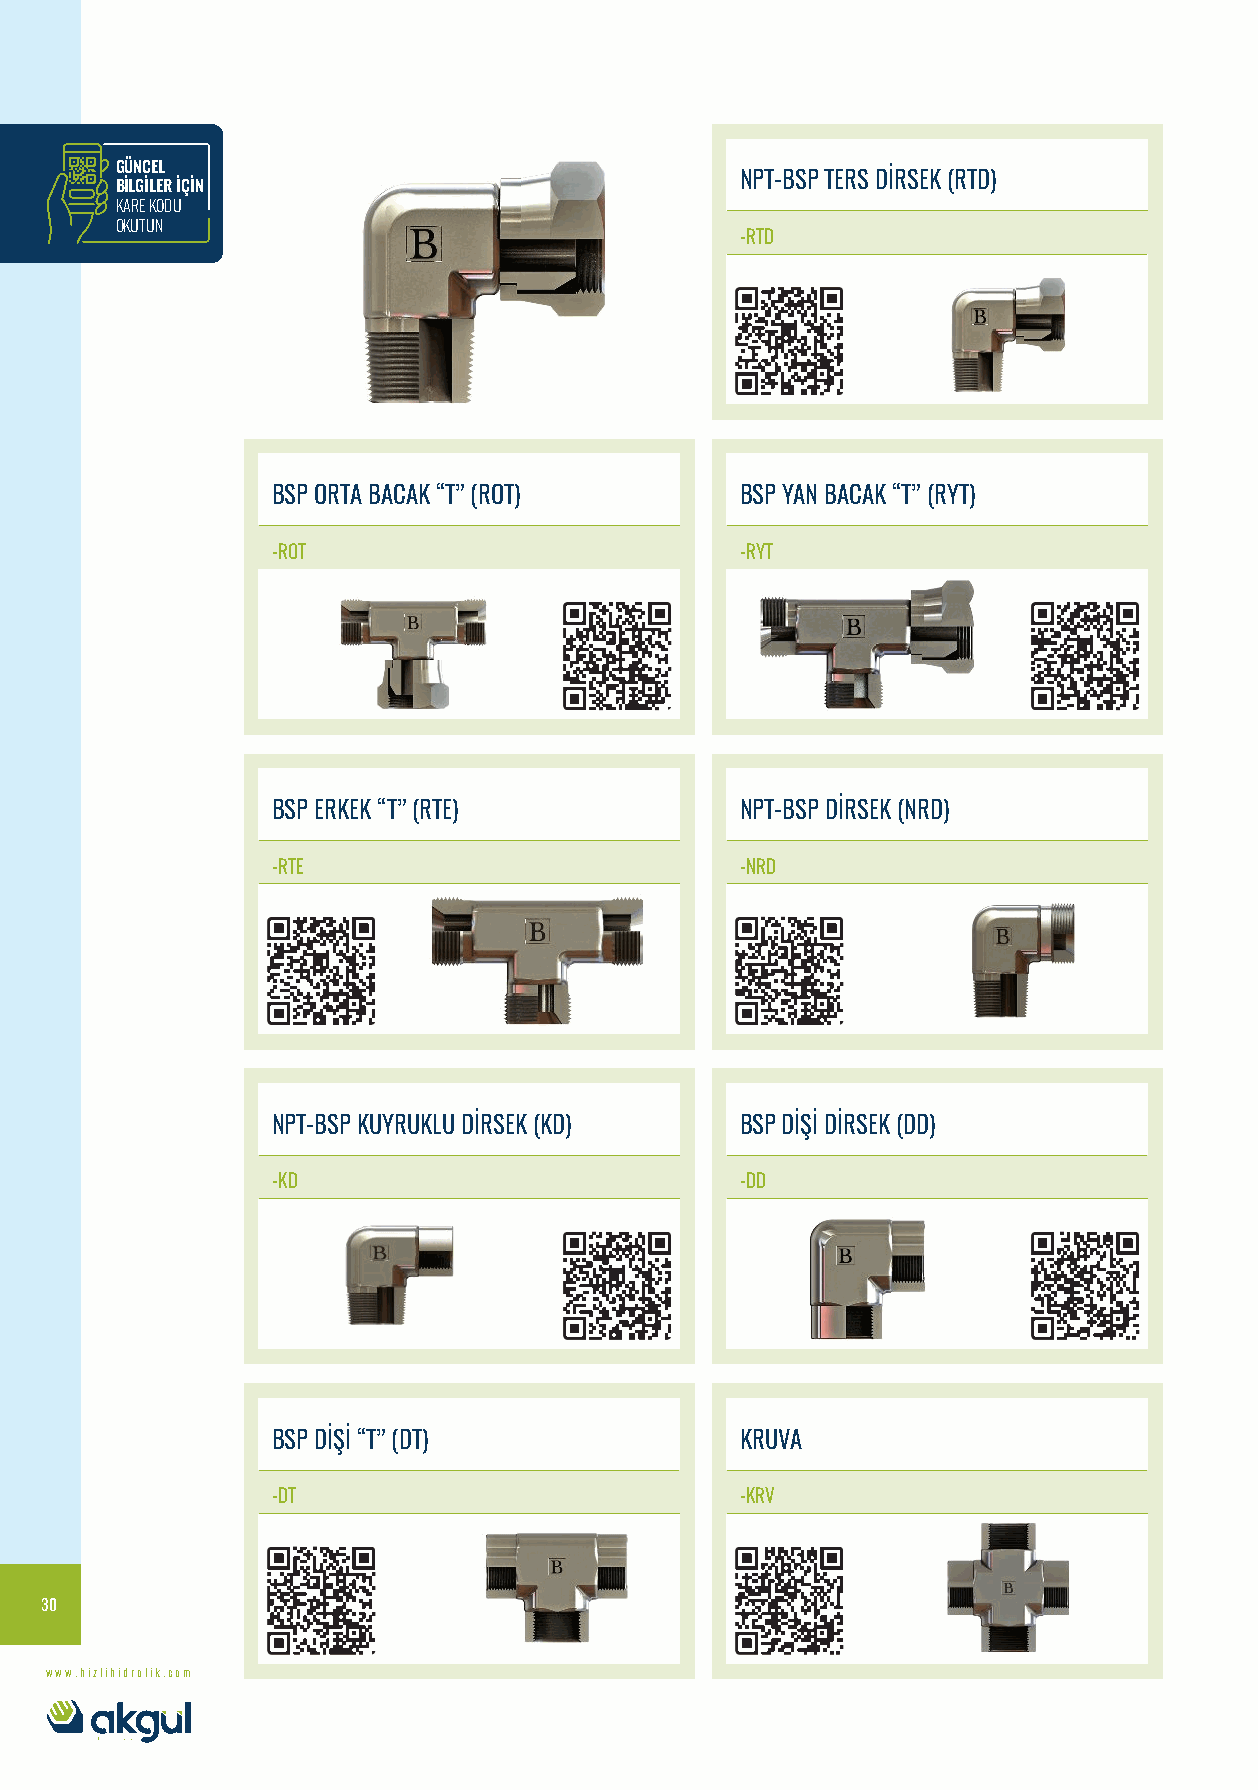
GÜNCEL
 NPT-BSP TERS DİRSEK (RTD)
 BİLGİLER İÇİN
 KARE KODU
 OKUTUN
 -RTD
 BSP ORTA BACAK “T” (ROT)       BSP YAN BACAK “T” (RYT)
 -ROT                           -RYT
 BSP ERKEK “T” (RTE)            NPT-BSP DİRSEK (NRD)
 -RTE                           -NRD
 NPT-BSP KUYRUKLU DİRSEK (KD)   BSP DİŞİ DİRSEK (DD)
 -KD                            -DD
 BSP DİŞİ “T” (DT)              KRUVA
 -DT                            -KRV
 30
 www.hizlihidrolik.com